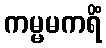
ကမ္မမကရိံ